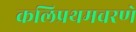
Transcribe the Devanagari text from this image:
कलिप्रथमचरणे